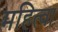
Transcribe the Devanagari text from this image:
महित्वा